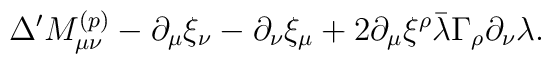
\Delta' M_{\mu\nu}^{(p)} - \partial_\mu \xi_\nu - \partial_\nu \xi_\mu + 2\partial_\mu \xi^\rho \bar\lambda \Gamma_\rho \partial_\nu \lambda.